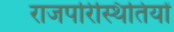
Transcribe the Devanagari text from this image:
राजपरिस्थितियों